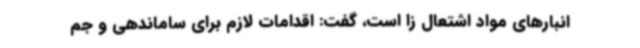
انبارهای مواد اشتعال زا است، گفت: اقدامات لازم برای ساماندهی و جم